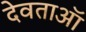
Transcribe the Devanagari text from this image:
देवताऑ